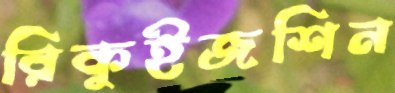
রিকুইজশিন